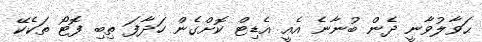
ޙަވާލުވާނީ ދެން ބުނާނެ އެއީ އެޑިޓް ކޮށްގެން ހަދާފަ ތިބި ފޮޓޯ ތަކެކޭ